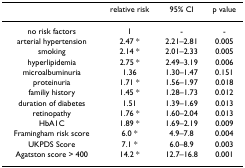
|  | relative risk | 95% CI | p value |
 | --- | --- | --- | --- |
 | no risk factors | 1 | - | - |
 | arterial hypertension | 2.47 * | 2.21–2.81 | 0.005 |
 | smoking | 2.14 * | 2.01–2.33 | 0.005 |
 | hyperlipidemia | 2.75 * | 2.49–3.19 | 0.006 |
 | microalbuminuria | 1.36 | 1.30–1.47 | 0.151 |
 | proteinuria | 1.71 * | 1.56–1.97 | 0.018 |
 | familiy history | 1.45 * | 1.28–1.73 | 0.012 |
 | duration of diabetes | 1.51 | 1.39–1.69 | 0.013 |
 | retinopathy | 1.76 * | 1.60–2.04 | 0.013 |
 | HbA1C | 1.89 * | 1.69–2.19 | 0.009 |
 | Framingham risk score | 6.0 * | 4.9–7.8 | 0.004 |
 | UKPDS Score | 7.1 * | 6.0–8.9 | 0.003 |
 | Agatston score > 400 | 14.2 * | 12.7–16.8 | 0.001 |